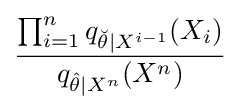
{\frac {\prod _{i=1}^{n}q_{{\breve {\theta }}\mid X^{i-1}}(X_{i})}{q_{{\hat {\theta }}\mid X^{n}}(X^{n})}}